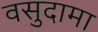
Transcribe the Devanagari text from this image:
वसुदामा